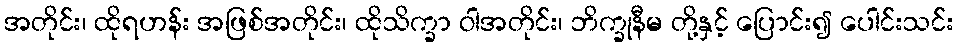
အတိုင်း၊ ထိုရဟန်း အဖြစ်အတိုင်း၊ ထိုသိက္ခာ ဝါအတိုင်း၊ ဘိက္ခုနီမ တို့နှင့် ပြောင်း၍ ပေါင်းသင်း